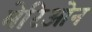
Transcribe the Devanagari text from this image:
मेरिओन